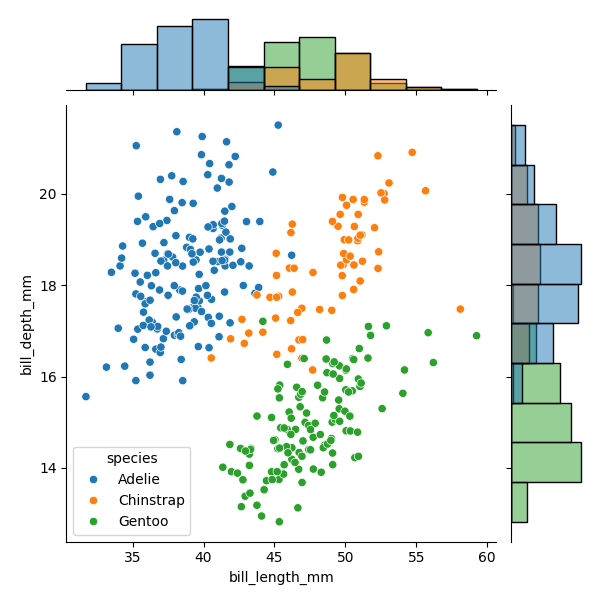
python, seaborn, JointGrid, scatterplot, histplot, hue